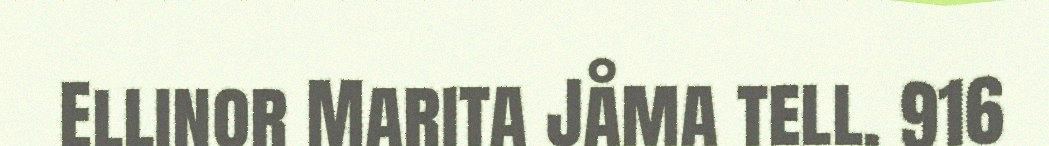
Ellinor Marita Jåma tell. 916